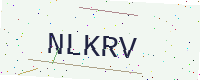
Text: NLKRV